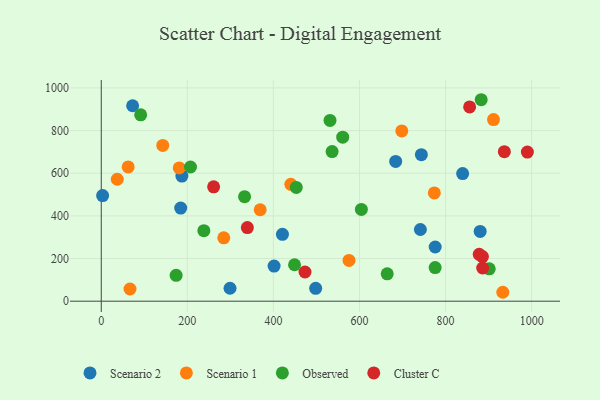
{"axis": {"x": "Engine Size", "y": "Sales"}, "legend": ["Cluster C", "Observed", "Scenario 1", "Scenario 2"], "data": [{"x": "72.9", "y": 916.4, "type": "Scenario 2"}, {"x": "741.5", "y": 336.1, "type": "Scenario 2"}, {"x": "498.2", "y": 60.4, "type": "Scenario 2"}, {"x": "684.1", "y": 655.4, "type": "Scenario 2"}, {"x": "775.9", "y": 254.0, "type": "Scenario 2"}, {"x": "184.6", "y": 436.4, "type": "Scenario 2"}, {"x": "3.2", "y": 495.4, "type": "Scenario 2"}, {"x": "187.4", "y": 586.9, "type": "Scenario 2"}, {"x": "743.8", "y": 686.8, "type": "Scenario 2"}, {"x": "880.4", "y": 327.2, "type": "Scenario 2"}, {"x": "839.7", "y": 598.3, "type": "Scenario 2"}, {"x": "401.6", "y": 164.8, "type": "Scenario 2"}, {"x": "421.0", "y": 313.4, "type": "Scenario 2"}, {"x": "299.2", "y": 60.7, "type": "Scenario 2"}, {"x": "369.3", "y": 428.7, "type": "Scenario 1"}, {"x": "62.5", "y": 629.5, "type": "Scenario 1"}, {"x": "66.8", "y": 57.2, "type": "Scenario 1"}, {"x": "37.2", "y": 571.9, "type": "Scenario 1"}, {"x": "181.2", "y": 624.8, "type": "Scenario 1"}, {"x": "440.5", "y": 548.2, "type": "Scenario 1"}, {"x": "698.3", "y": 798.2, "type": "Scenario 1"}, {"x": "933.0", "y": 41.8, "type": "Scenario 1"}, {"x": "284.7", "y": 297.0, "type": "Scenario 1"}, {"x": "773.9", "y": 507.8, "type": "Scenario 1"}, {"x": "142.9", "y": 730.6, "type": "Scenario 1"}, {"x": "911.4", "y": 851.8, "type": "Scenario 1"}, {"x": "575.7", "y": 191.0, "type": "Scenario 1"}, {"x": "775.8", "y": 157.8, "type": "Observed"}, {"x": "664.4", "y": 128.5, "type": "Observed"}, {"x": "207.4", "y": 629.2, "type": "Observed"}, {"x": "901.5", "y": 151.9, "type": "Observed"}, {"x": "174.0", "y": 121.3, "type": "Observed"}, {"x": "453.1", "y": 533.3, "type": "Observed"}, {"x": "449.1", "y": 170.9, "type": "Observed"}, {"x": "91.6", "y": 874.0, "type": "Observed"}, {"x": "536.4", "y": 701.7, "type": "Observed"}, {"x": "882.8", "y": 944.7, "type": "Observed"}, {"x": "604.4", "y": 430.3, "type": "Observed"}, {"x": "531.5", "y": 847.5, "type": "Observed"}, {"x": "561.0", "y": 769.1, "type": "Observed"}, {"x": "333.0", "y": 490.0, "type": "Observed"}, {"x": "238.4", "y": 330.7, "type": "Observed"}, {"x": "855.9", "y": 911.1, "type": "Cluster C"}, {"x": "886.2", "y": 155.7, "type": "Cluster C"}, {"x": "885.7", "y": 209.0, "type": "Cluster C"}, {"x": "936.6", "y": 700.9, "type": "Cluster C"}, {"x": "261.1", "y": 536.4, "type": "Cluster C"}, {"x": "878.2", "y": 219.6, "type": "Cluster C"}, {"x": "339.5", "y": 345.1, "type": "Cluster C"}, {"x": "473.4", "y": 136.8, "type": "Cluster C"}, {"x": "990.1", "y": 699.0, "type": "Cluster C"}]}